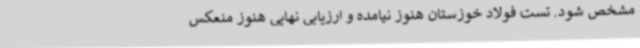
مشخص شود. تست فولاد خوزستان هنوز نیامده و ارزیابی نهایی هنوز منعکس